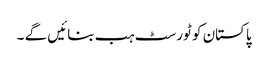
پاکستان کو ٹورسٹ ہب بنائیں گے ۔